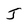
Character: J